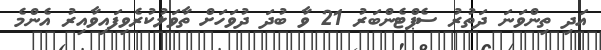
އަދި ތިންވަނަ ދަތުރު ސެޕްޓެންބަރު 21 ވާ ބުދަ ދުވަހަށް ތާވަލުކުރެވިފައިވާއިރު އެންމެ